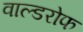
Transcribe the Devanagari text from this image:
वाल्डरोफ